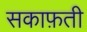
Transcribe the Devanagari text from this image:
सकाफ़ती